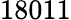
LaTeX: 18011